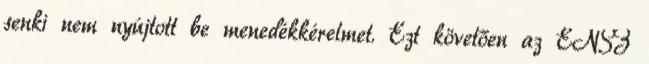
senki nem nyújtott be menedékkérelmet. Ezt követően az ENSZ